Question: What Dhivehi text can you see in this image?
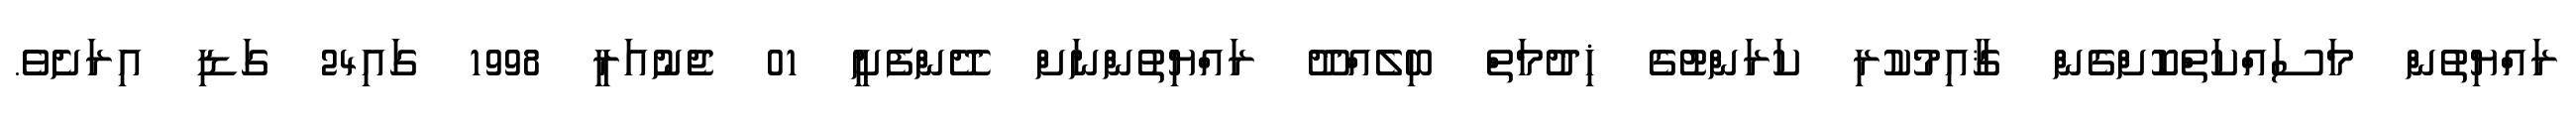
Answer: ރައްޔިތުން މަސައްކަތްކޮށްގެން ޤާއިމުކުރި ކަރަންޓުގެ ޚިދުމަތް ބިލެއްދޫ ރައްޔިތުންނަށް ދޭންފެށީ 01 ޖެނުއަރީ 1998 ގައި24 ގަޑި އިރަށެވެ.